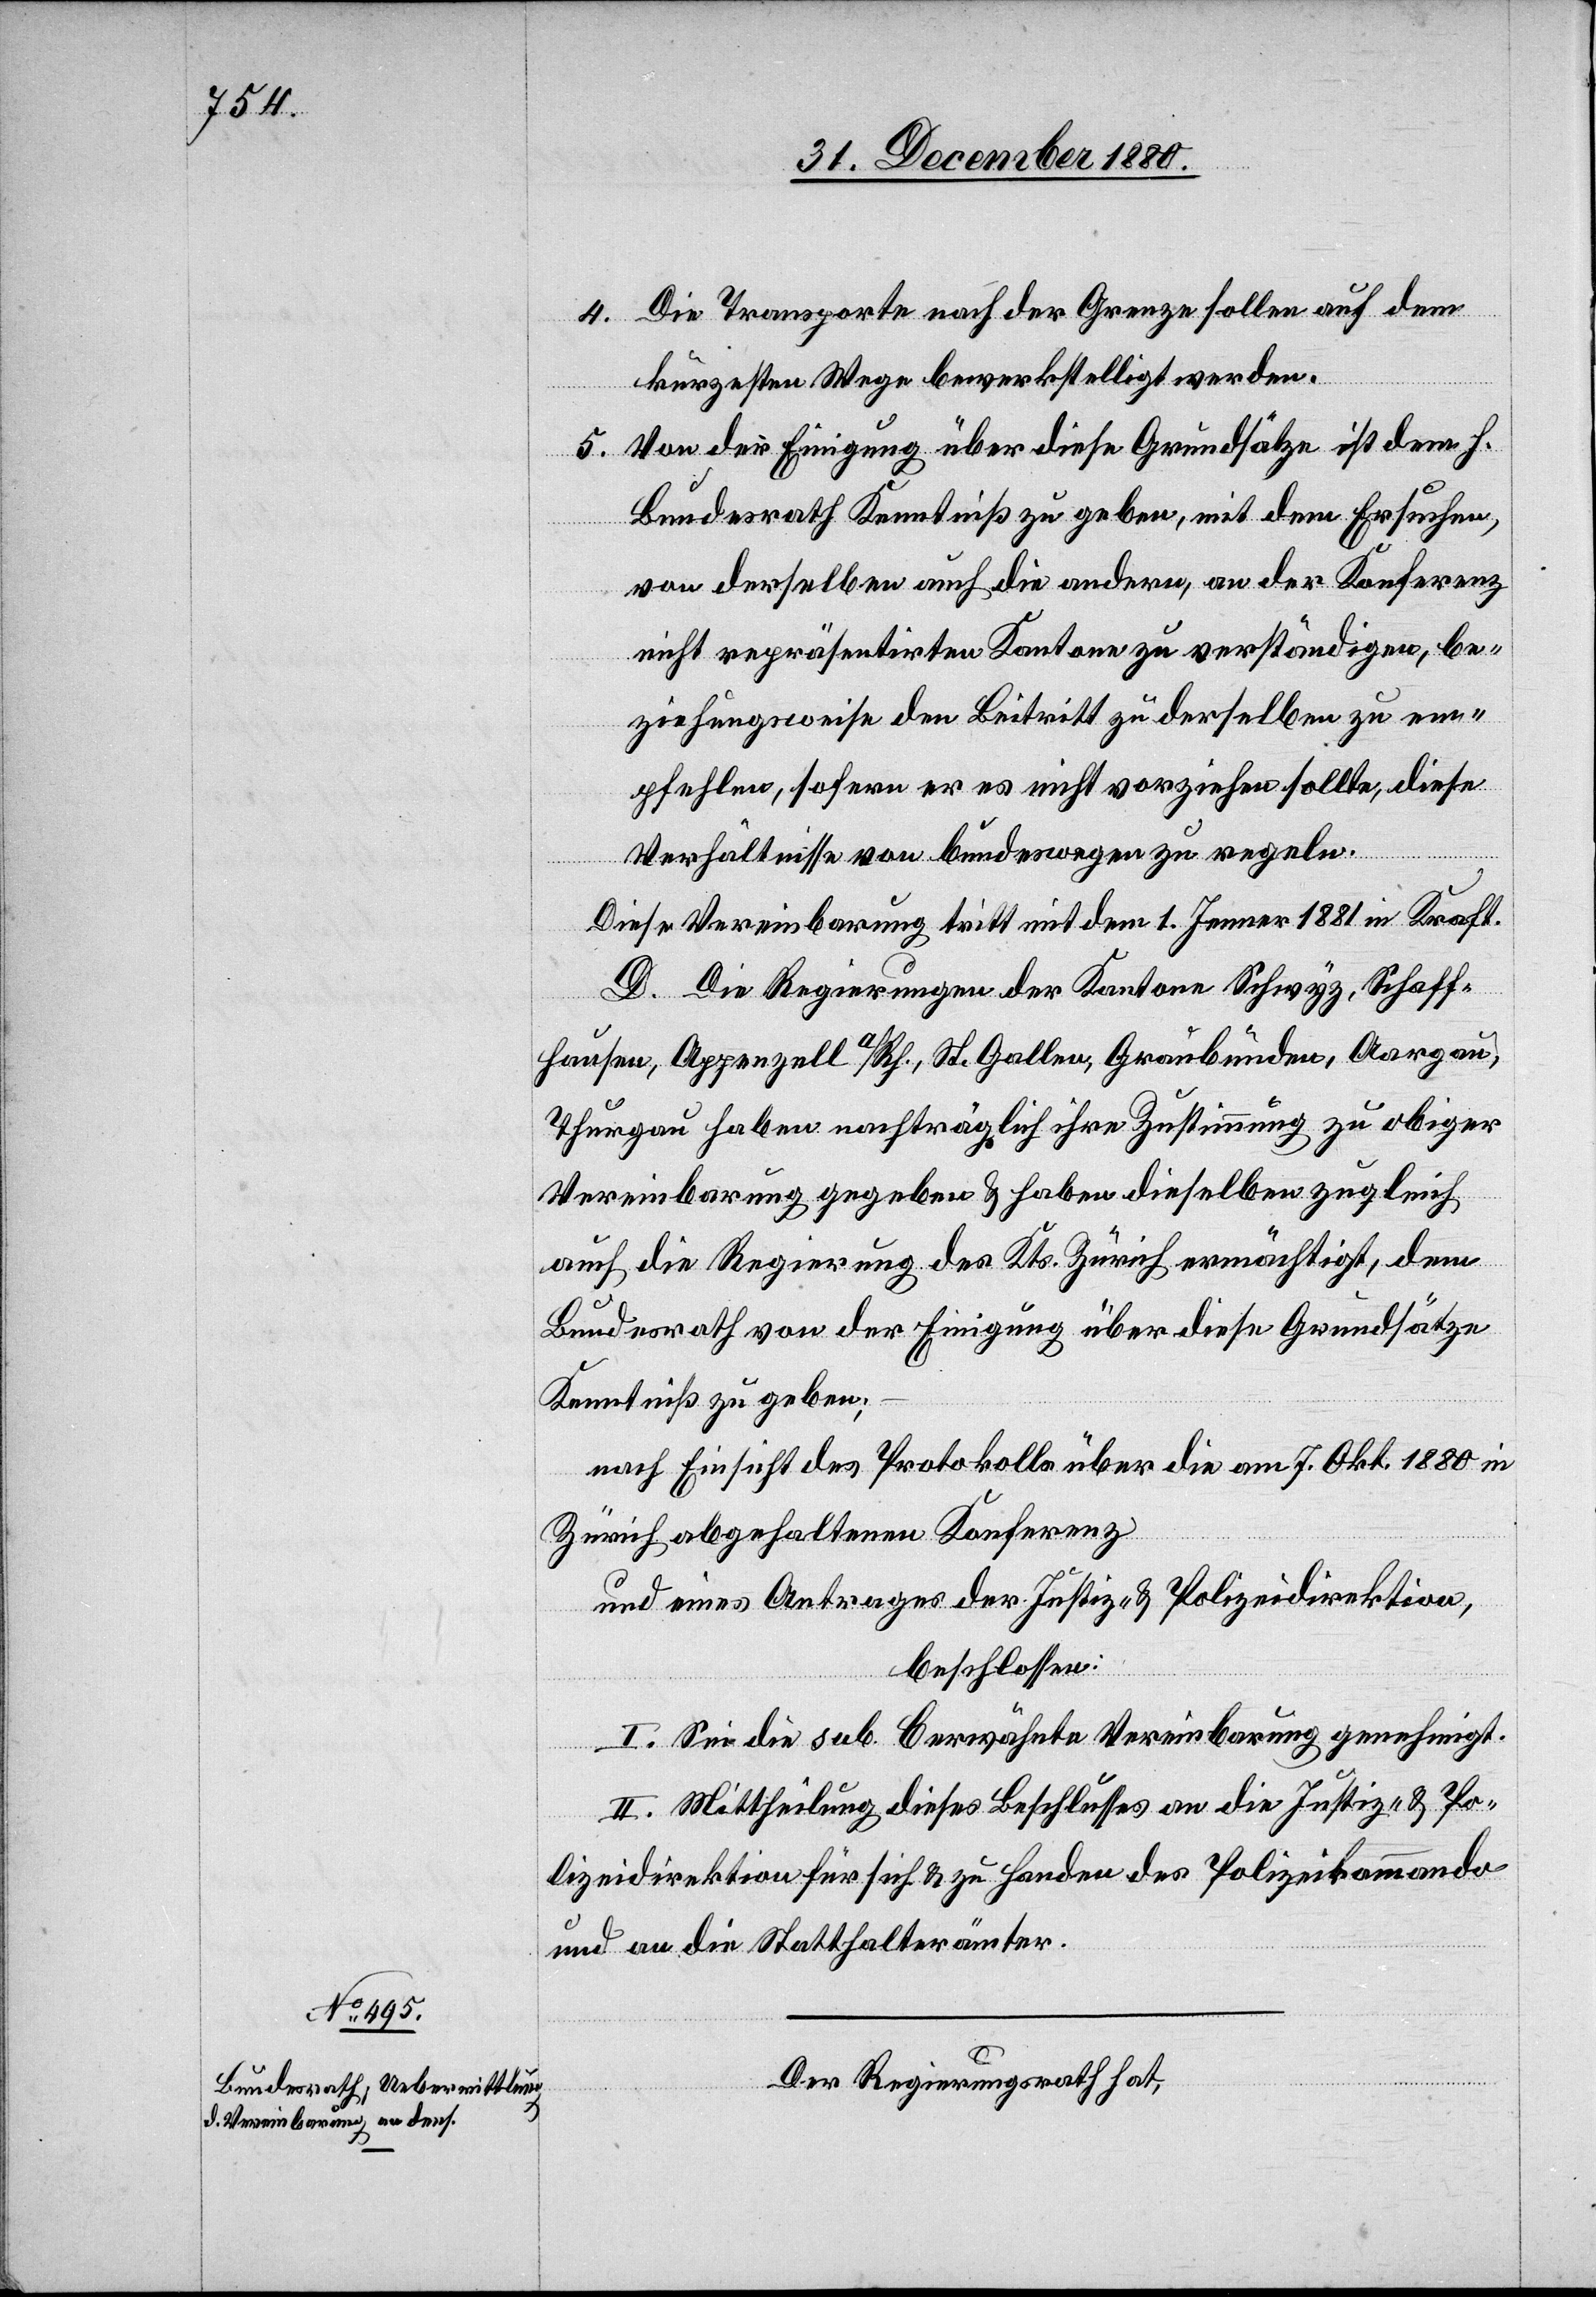
4. Die Transporte nach der Grenze sollen auf dem
kürzesten Wege bewerkstelligt werden.
5. Von der Eingang über diese Grundsätze ist dem h.
Bundesrath Kenntniß zu geben, mit dem Ersuchen,
von derselben auch die andern, an der Konferenz
nicht repräsentirten Kantone zu verständigen, be¬
ziehungsweise den Beitritt zu derselben zu em¬
pfehlen, sofern er es nicht vorziehen sollte, diese
Verhältnisse von bundeswegen zu regeln.
Diese Vereinbarung tritt mit dem 1.Jenner 1881 in Kraft.
D. Die Regierungen der Kantone Schwyz, Schaff¬
hausen, Appenzell a/Rh, St. Gallen, Graubünden, Aargau,
Thurgau haben nachträglich ihre Zustimmung zu obiger
Vereinbarung gegeben & haben dieselben zugleich
auch die Regierung des Kts. Zürich ermächtigt, dem
Bundesrath von der Einigung über diese Grundsätze
Kenntniß zu geben;
nach Einsicht des Protokolls über die am 7. Okt. 1880 in
Zürich abgehaltene Konferenz
und eines Antrages der Justiz- & Polizeidirektion,
beschlossen:
I. Sei die sub. bewährte Vereinbarung genehmigt.
II. Mittheilung dieses Beschlusses an die Justiz- & Po¬
lizeidirektion für sich & zu Handen des Polizeikommando
und an die Statthalterämter.
Der Regierungsrath hat,